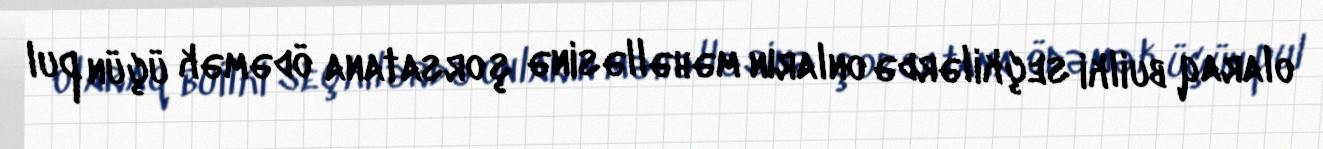
olaraq builki seçkilərdə onların məhəlləsinə şorsatana ödəmək üçün pul